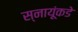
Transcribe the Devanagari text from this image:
स्नायूंकडे